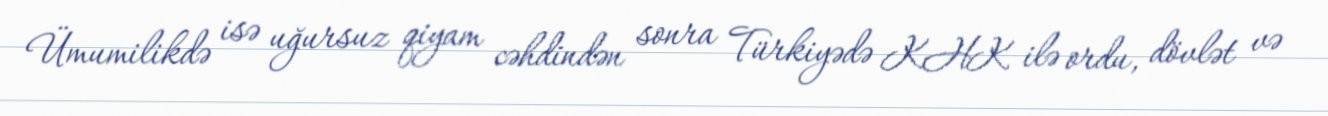
Ümumilikdə isə uğursuz qiyam cəhdindən sonra Türkiyədə KHK ilə ordu, dövlət və